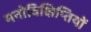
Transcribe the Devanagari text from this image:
मनोविक्षिप्तियों